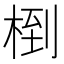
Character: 椡